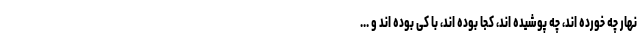
نهار چه خورده اند، چه پوشیده اند، کجا بوده اند، با کی بوده اند و ...